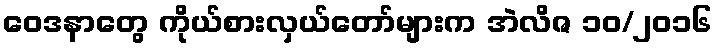
ဝေဒနာတွေ ကိုယ်စားလှယ်တော်များက အဲလိဇ ၁၀/၂၀၁၆